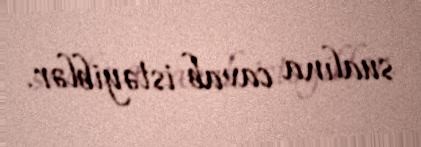
sualına cavab istəyiblər.